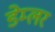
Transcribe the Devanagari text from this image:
डेम्लर